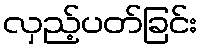
လှည့်ပတ်ခြင်း